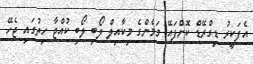
އެފަކީރު ޑިގްރޭޑް ކޮށްފައޭ މަމެންގެ މިކާއިލް ލޯބި ލޯބި ކުއްޖާ ހިތުގައި ޖެހޭ